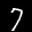
Label: 7